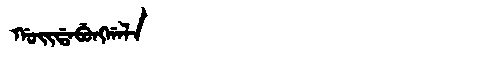
Manchu: ᡤᠣᡳᡩᠠᠪᡠᠩᡤᠠᠯᠠ
Romanization: GOIDABUNGGALA